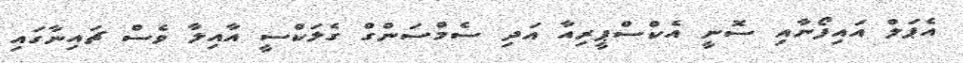
އެޕަލް އައިފޯނާއި ސޮނީ އެކްސްޕީރިއާ އަދި ސެމްސަންގް ގެލަކްސީ އާއިލާ ވެސް ޗައިނާގައި